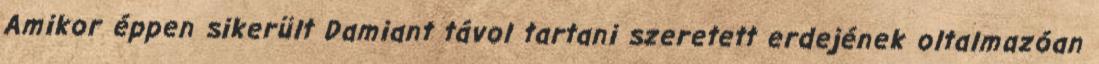
Amikor éppen sikerült Damiant távol tartani szeretett erdejének oltalmazóan